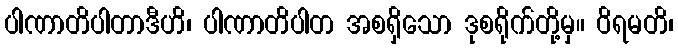
ပါဏာတိပါတာဒီဟိ၊ ပါဏာတိပါတ အစရှိသော ဒုစရိုက်တို့မှ။ ဝိရမတိ၊